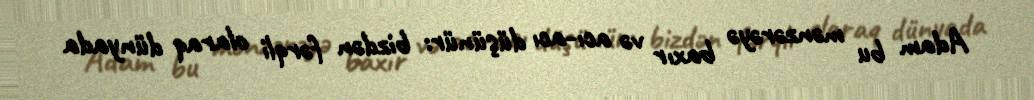
Adam bu mənzərəyə baxır və acı-acı düşünür: bizdən fərqli olaraq dünyada